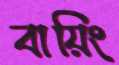
বায়িং